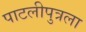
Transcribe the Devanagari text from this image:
पाटलीपुत्रला